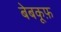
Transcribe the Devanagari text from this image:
बेबकूफ़